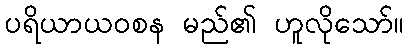
ပရိယာယဝစန မည်၏ ဟူလိုသော်။